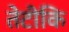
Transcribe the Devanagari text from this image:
तेटीकि